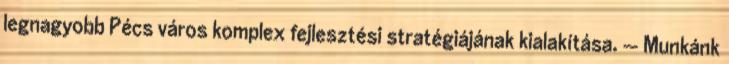
legnagyobb Pécs város komplex fejlesztési stratégiájának kialakítása. — Munkánk